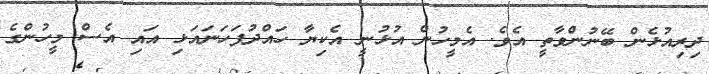
ދިރިއުޅެން ބޭނުންވާތީ އެވެ. އެމީހުން އުޅުނީ އެކިޔާ ހައްދުފަހަނައަޅި އައި އެސް މީހުންގެ